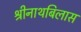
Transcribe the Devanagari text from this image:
श्रीनाथबिलास